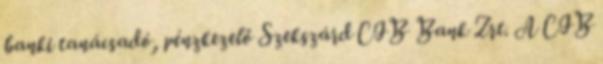
banki tanácsadó, pénzkezelő Szekszárd CIB Bank Zrt. A CIB